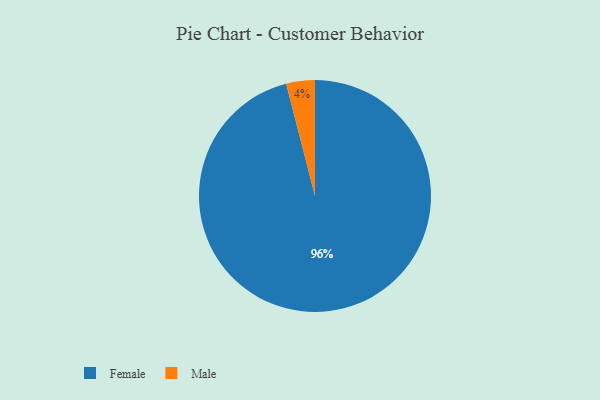
{"axis": {"x": "Category", "y": "Percentage"}, "legend": ["Female", "Male"], "data": [{"x": "Female", "y": 96, "type": "Female"}, {"x": "Male", "y": 4, "type": "Male"}]}